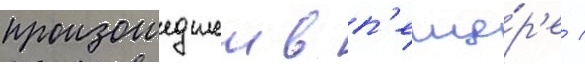
произошедшеи в п'еще́р'е /